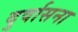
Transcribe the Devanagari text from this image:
दुर्वासना